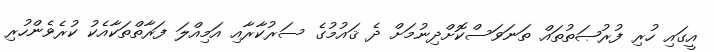
އީގައި ހުރި ފުރުޞަތުތައް ތަނަވަސްކޮށްދިނުމަށް ދެ ޤައުމުގެ ސަރުކާރާއި އަމިއްލަ ފަރާތްތަކާއެކު ކުރެވެންހުރި